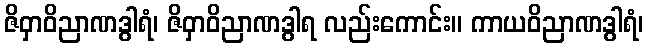
ဇိဝှာဝိညာဏဒွါရံ၊ ဇိဝှာဝိညာဏဒွါရ လည်းကောင်း။ ကာယဝိညာဏဒွါရံ၊